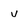
Character: v